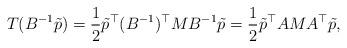
LaTeX: \begin{align*}T(B^{-1} \tilde p) = \frac{1}{2}\tilde p^{\top}(B^{-1})^{\top} M B^{-1} \tilde p =\frac{1}{2}\tilde p^{\top}A M A^{\top} \tilde p,\end{align*}